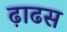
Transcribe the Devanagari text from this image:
ढ़ाढस